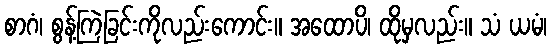
စာဂံ၊ စွန့်ကြဲခြင်းကိုလည်းကောင်း။ အထောပိ၊ ထိုမှလည်း။ သံ ယမံ၊